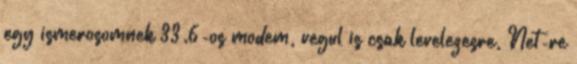
egy ismerosomnek 33.6-os modem, vegul is csak levelezesre, Net-re